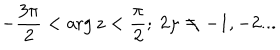
- \frac { 3 \pi } 2 < \arg z < \frac \pi 2 ; \ 2 \mu \neq - 1 , - 2 . . .